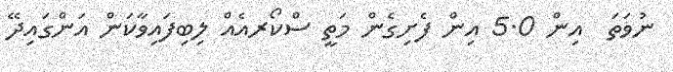
ނުވަތަ  އިން 5.0 އިން ފެށިގެން މަތީ ސްކޯރއެއް ލިބިފައިވާކަން އަންގައިދޭ